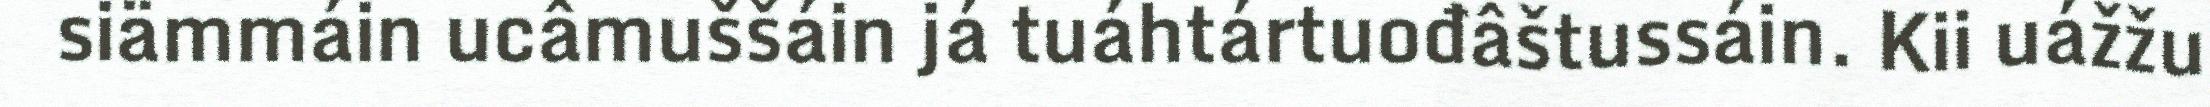
siämmáin ucâmuššáin já tuáhtártuođâštussáin. Kii uážžu